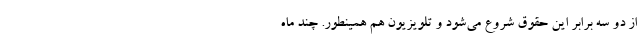
از دو سه برابر این حقوق شروع می‌شود و تلویزیون هم همینطور. چند ماه